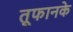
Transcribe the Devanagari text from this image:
तूफानके